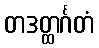
တဒတ္ထင်္ဂတံ